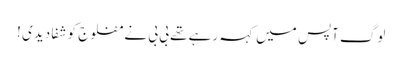
لوگ آپس میں کہہ رہے تھے بی بی نے مفلوج کو شفا دیدی !